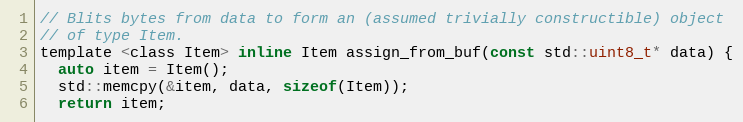
Language: C
// Blits bytes from data to form an (assumed trivially constructible) object
// of type Item.
template <class Item> inline Item assign_from_buf(const std::uint8_t* data) {
  auto item = Item();
  std::memcpy(&item, data, sizeof(Item));
  return item;